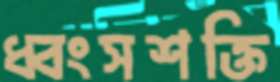
ধ্বংসশক্তি